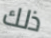
ذلك